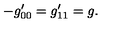
- g _ { 0 0 } ^ { \prime } = g _ { 1 1 } ^ { \prime } = g .